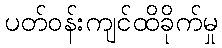
ပတ်ဝန်းကျင်ထိခိုက်မှု